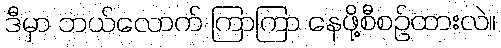
ဒီမှာ ဘယ်လောက် ကြာကြာ နေဖို့စီစဉ်ထားလဲ။